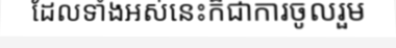
ដែលទាំងអស់នេះក៏ជាការចូលរួម